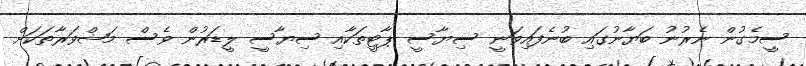
ސީމެގުން ނެރުނު ބަޔާނުގައި ބުނެފައިވަނީ ސިޔާސީ ޕާޓީތަކާއި ސިޔާސީ ލީޑަރުން ވެސް މަޝްވަރާތަކަށް